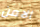
الامن